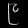
Digit: ၉